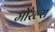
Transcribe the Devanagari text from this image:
मोरेल्स